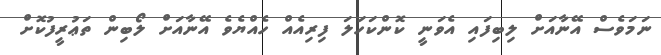
ނަމަވެސް އޭނާއަށް ލިބިފައި އެވަނީ ކޮންކަހަލަ ފިރިއެއް ހެއްޔެވެ އޭނާއަށް ލޯބިން ތަޢުރީފުކޮށް